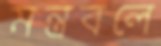
মন্ত্রবলে